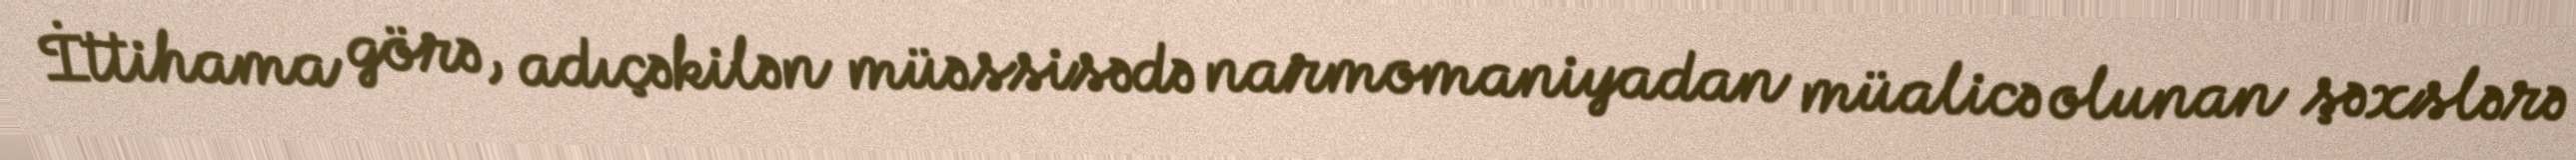
İttihama görə, adıçəkilən müəssisədə narmomaniyadan müalicə olunan şəxslərə